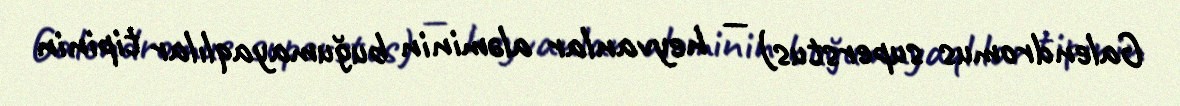
Galendromus superstus) — heyvanlar aləminin buğumayaqlılar tipinin